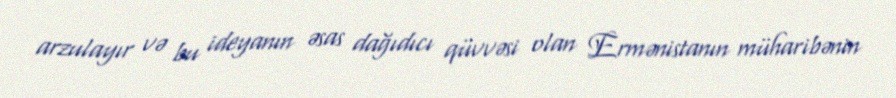
arzulayır və bu ideyanın əsas dağıdıcı qüvvəsi olan Ermənistanın müharibənin